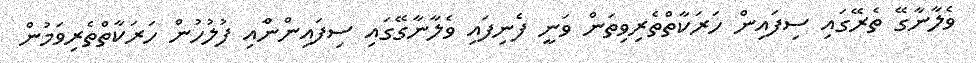
ވެލާނާގޭ ތެރޭގައި ސިފައިން ހަރަކާތްތެރިވިތަން ވަނީ ފެނިފައި ވެލާނާގޭގައި ސިފައިންނާްއި ފުލުހުން ހަރަކާތްތެރިވަމުން